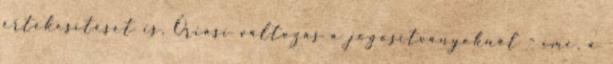
értékesítését is. Óriási változás a jogosítványoknál - íme, a